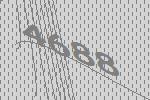
4688